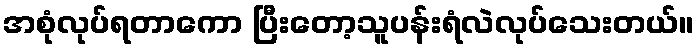
အစုံလုပ်ရတာကော ပြီးတော့သူပန်းရံလဲလုပ်သေးတယ်။